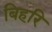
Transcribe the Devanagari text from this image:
बिहरि